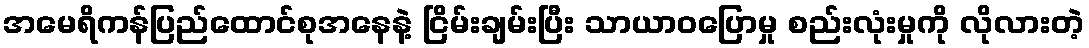
အမေရိကန်ပြည်ထောင်စုအနေနဲ့ ငြိမ်းချမ်းပြီး သာယာဝပြောမှု စည်းလုံးမှုကို လိုလားတဲ့